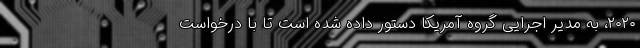
۲۰۲۰، به مدیر اجرایی گروه آمریکا دستور داده شده است تا با درخواست